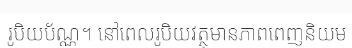
រូបិយប័ណ្ណ។ នៅពេលរូបិយវត្ថុមានភាពពេញនិយម